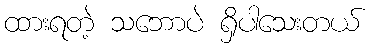
ထားရတဲ့ သဘောပဲ ရှိပါသေးတယ်